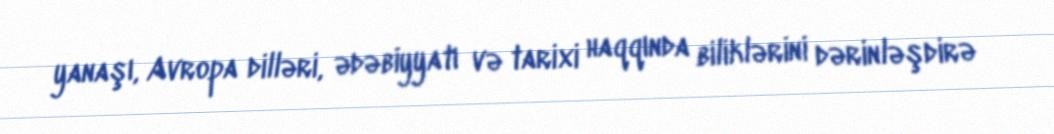
yanaşı, Avropa dilləri, ədəbiyyatı və tarixi haqqında biliklərini dərinləşdirə